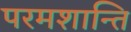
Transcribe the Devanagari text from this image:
परमशान्ति